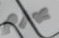
يهزم